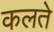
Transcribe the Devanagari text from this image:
कलते